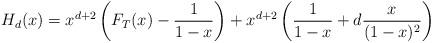
LaTeX: \begin{align*}H_d(x)=x^{d+2}\left(F_T(x)-\frac{1}{1-x}\right)+x^{d+2}\left(\frac{1}{1-x}+d\frac{x}{(1-x)^2}\right)\end{align*}